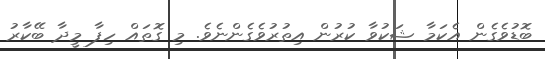
ބޮޑުވެގެން އެކަމާ ޝަކުވާ ކުރުން އިތުރުވެގެންނެވެ. މި ގޮތައް ހިފާ މީދާ ބޭކާރު